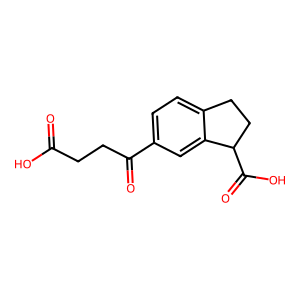
SMILES: O=C(O)CCC(=O)c1ccc2c(c1)C(C(=O)O)CC2
Inhibits HIV replication: No